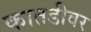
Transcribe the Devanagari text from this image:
कातडीवर